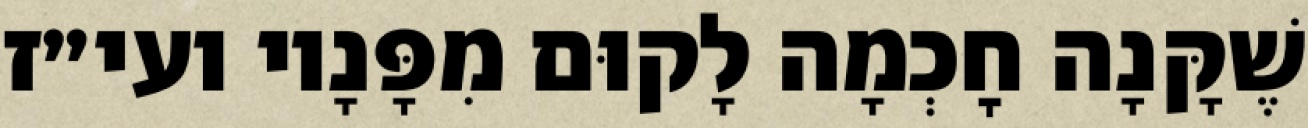
שֶׁקָּנָה חׇכְמָה לָקוּם מִפָּנָיו ועי״ז